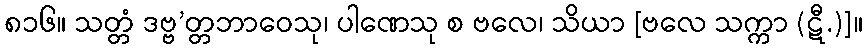
၈၁၆။ သတ္တံ ဒဗ္ဗ’တ္တဘာဝေသု၊ ပါဏေသု စ ဗလေ၊ သိယာ [ဗလေ သက္ကာ (ဋီ.)]။